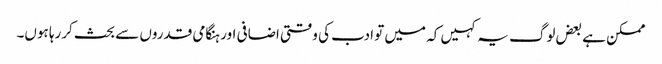
ممکن ہے بعض لوگ یہ کہیں کہ میں تو ادب کی وقتی اضافی اور ہنگامی قدروں سے بحث کررہا ہوں۔